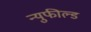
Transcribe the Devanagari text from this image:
न्युफील्ड